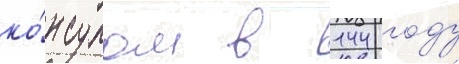
ко́нсулом в 144 году